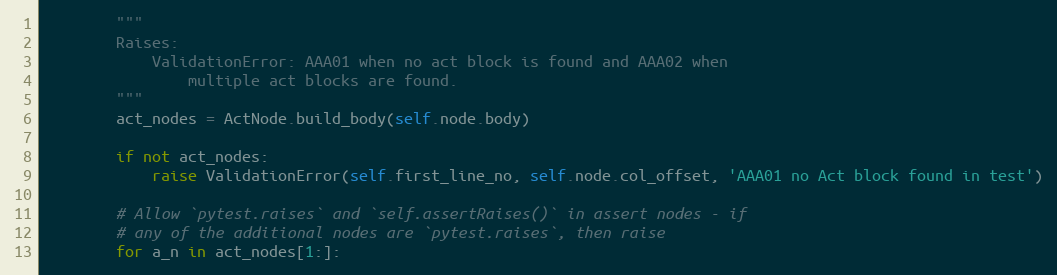
Language: Python
        """
        Raises:
            ValidationError: AAA01 when no act block is found and AAA02 when
                multiple act blocks are found.
        """
        act_nodes = ActNode.build_body(self.node.body)

        if not act_nodes:
            raise ValidationError(self.first_line_no, self.node.col_offset, 'AAA01 no Act block found in test')

        # Allow `pytest.raises` and `self.assertRaises()` in assert nodes - if
        # any of the additional nodes are `pytest.raises`, then raise
        for a_n in act_nodes[1:]: